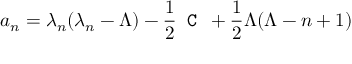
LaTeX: a _ { n } = \lambda _ { n } ( \lambda _ { n } - \Lambda ) - \frac 1 2 \texttt { C } + \frac 1 2 \Lambda ( \Lambda - n + 1 )